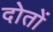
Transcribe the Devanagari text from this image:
दोतों